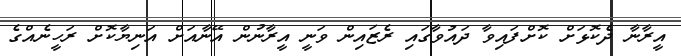
އީރާނާ ދެކޮޅަށް ކޮށްފައިވާ ދައުވާގައި ރެޒައިން ވަނީ އީރާނުން އޭނާއަށް އަނިޔާކޮށް ރަހީނެއްގެ